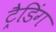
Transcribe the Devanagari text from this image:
ट्रैडिंग